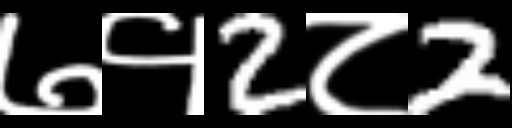
Text: ७१2८2